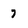
Character: 7